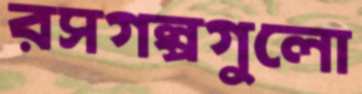
রসগল্পগুলো